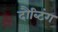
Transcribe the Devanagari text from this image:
दौब्टिंग